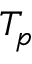
T _ { p }